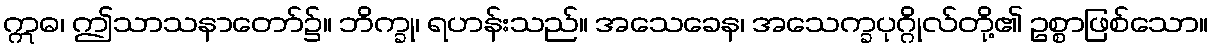
ဣဓ၊ ဤသာသနာတော်၌။ ဘိက္ခု၊ ရဟန်းသည်။ အသေခေန၊ အသေက္ခပုဂ္ဂိုလ်တို့၏ ဥစ္စာဖြစ်သော။